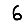
Digit: 6